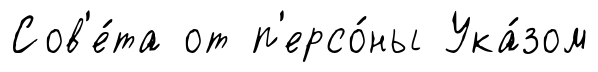
Сов'е́та от п'ерсо́ны Ука́зом